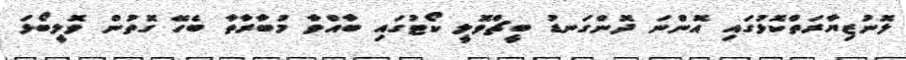
ލޮނުޒިޔާރަތްކޮޅުގައި އޮންނަ ދޮންގަނޑު ބީޗްވޮލީ ކޯޓުގައި ބާއްވާ މުބާރާތާ ބެހޭ ގޮތުން ވޮލީބޯޅަ